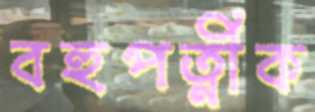
বহুপত্নীক